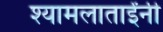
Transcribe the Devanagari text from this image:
श्यामलाताईंनी